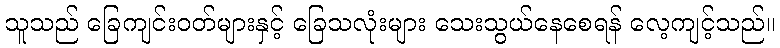
သူသည် ခြေကျင်းဝတ်များနှင့် ခြေသလုံးများ သေးသွယ်နေစေရန် လေ့ကျင့်သည်။